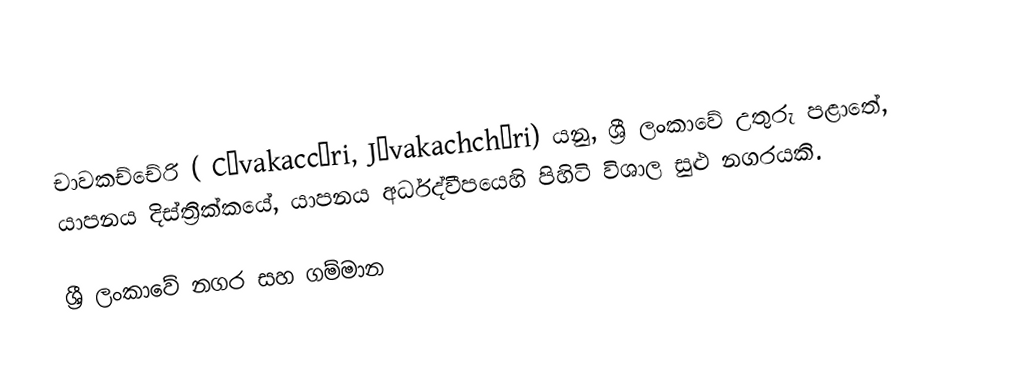
චාවකච්චේරි ( Cāvakaccēri,  Jāvakachchēri) යනු,  ශ්‍රී ලංකාවේ උතුරු පළාතේ,  යාපනය දිස්ත්‍රික්කයේ, යාපනය අර්ධද්වීපයෙහි පිහිටි විශාල සුළු නගරයකි.

ශ්‍රී ලංකාවේ නගර සහ ගම්මාන